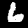
Label: 6